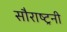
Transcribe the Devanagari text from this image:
सौराष्ट्रनी